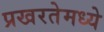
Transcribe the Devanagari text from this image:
प्रखरतेमध्ये